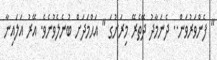
" ފެންވަރުވަން.. ދެނަމާދު ދޭތެރޭ މިރަށުގަ " އަޙްމަދަށް ބުނެލެވުނެވެ. އޭރު އަލައިނާ